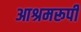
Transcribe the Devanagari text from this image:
आश्रमरूपी